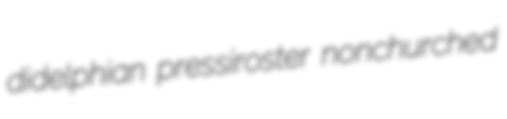
didelphian pressiroster nonchurched